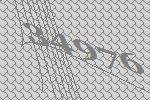
34976